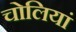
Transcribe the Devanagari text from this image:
चोलियां